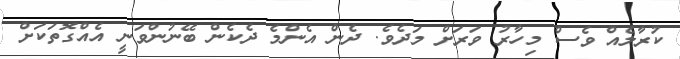
ކުރާލެއް ވެސް މިހާރު ވަރަށް މަދެވެ. ދެން އެންމެ ދެކެން ބޭނުންވަނީ އެއްގޮތަކަށް